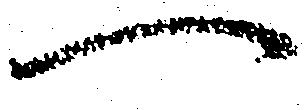
へ